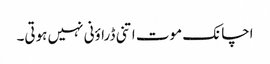
اچانک موت اتنی ڈراؤنی نہیں ہوتی۔